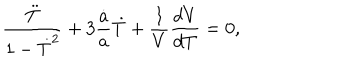
\frac { \ddot { T } } { 1 - \dot { T } ^ { 2 } } + 3 \frac { \dot { a } } { a } \dot { T } + \frac { 1 } { V } \frac { d V } { d T } = 0 ,